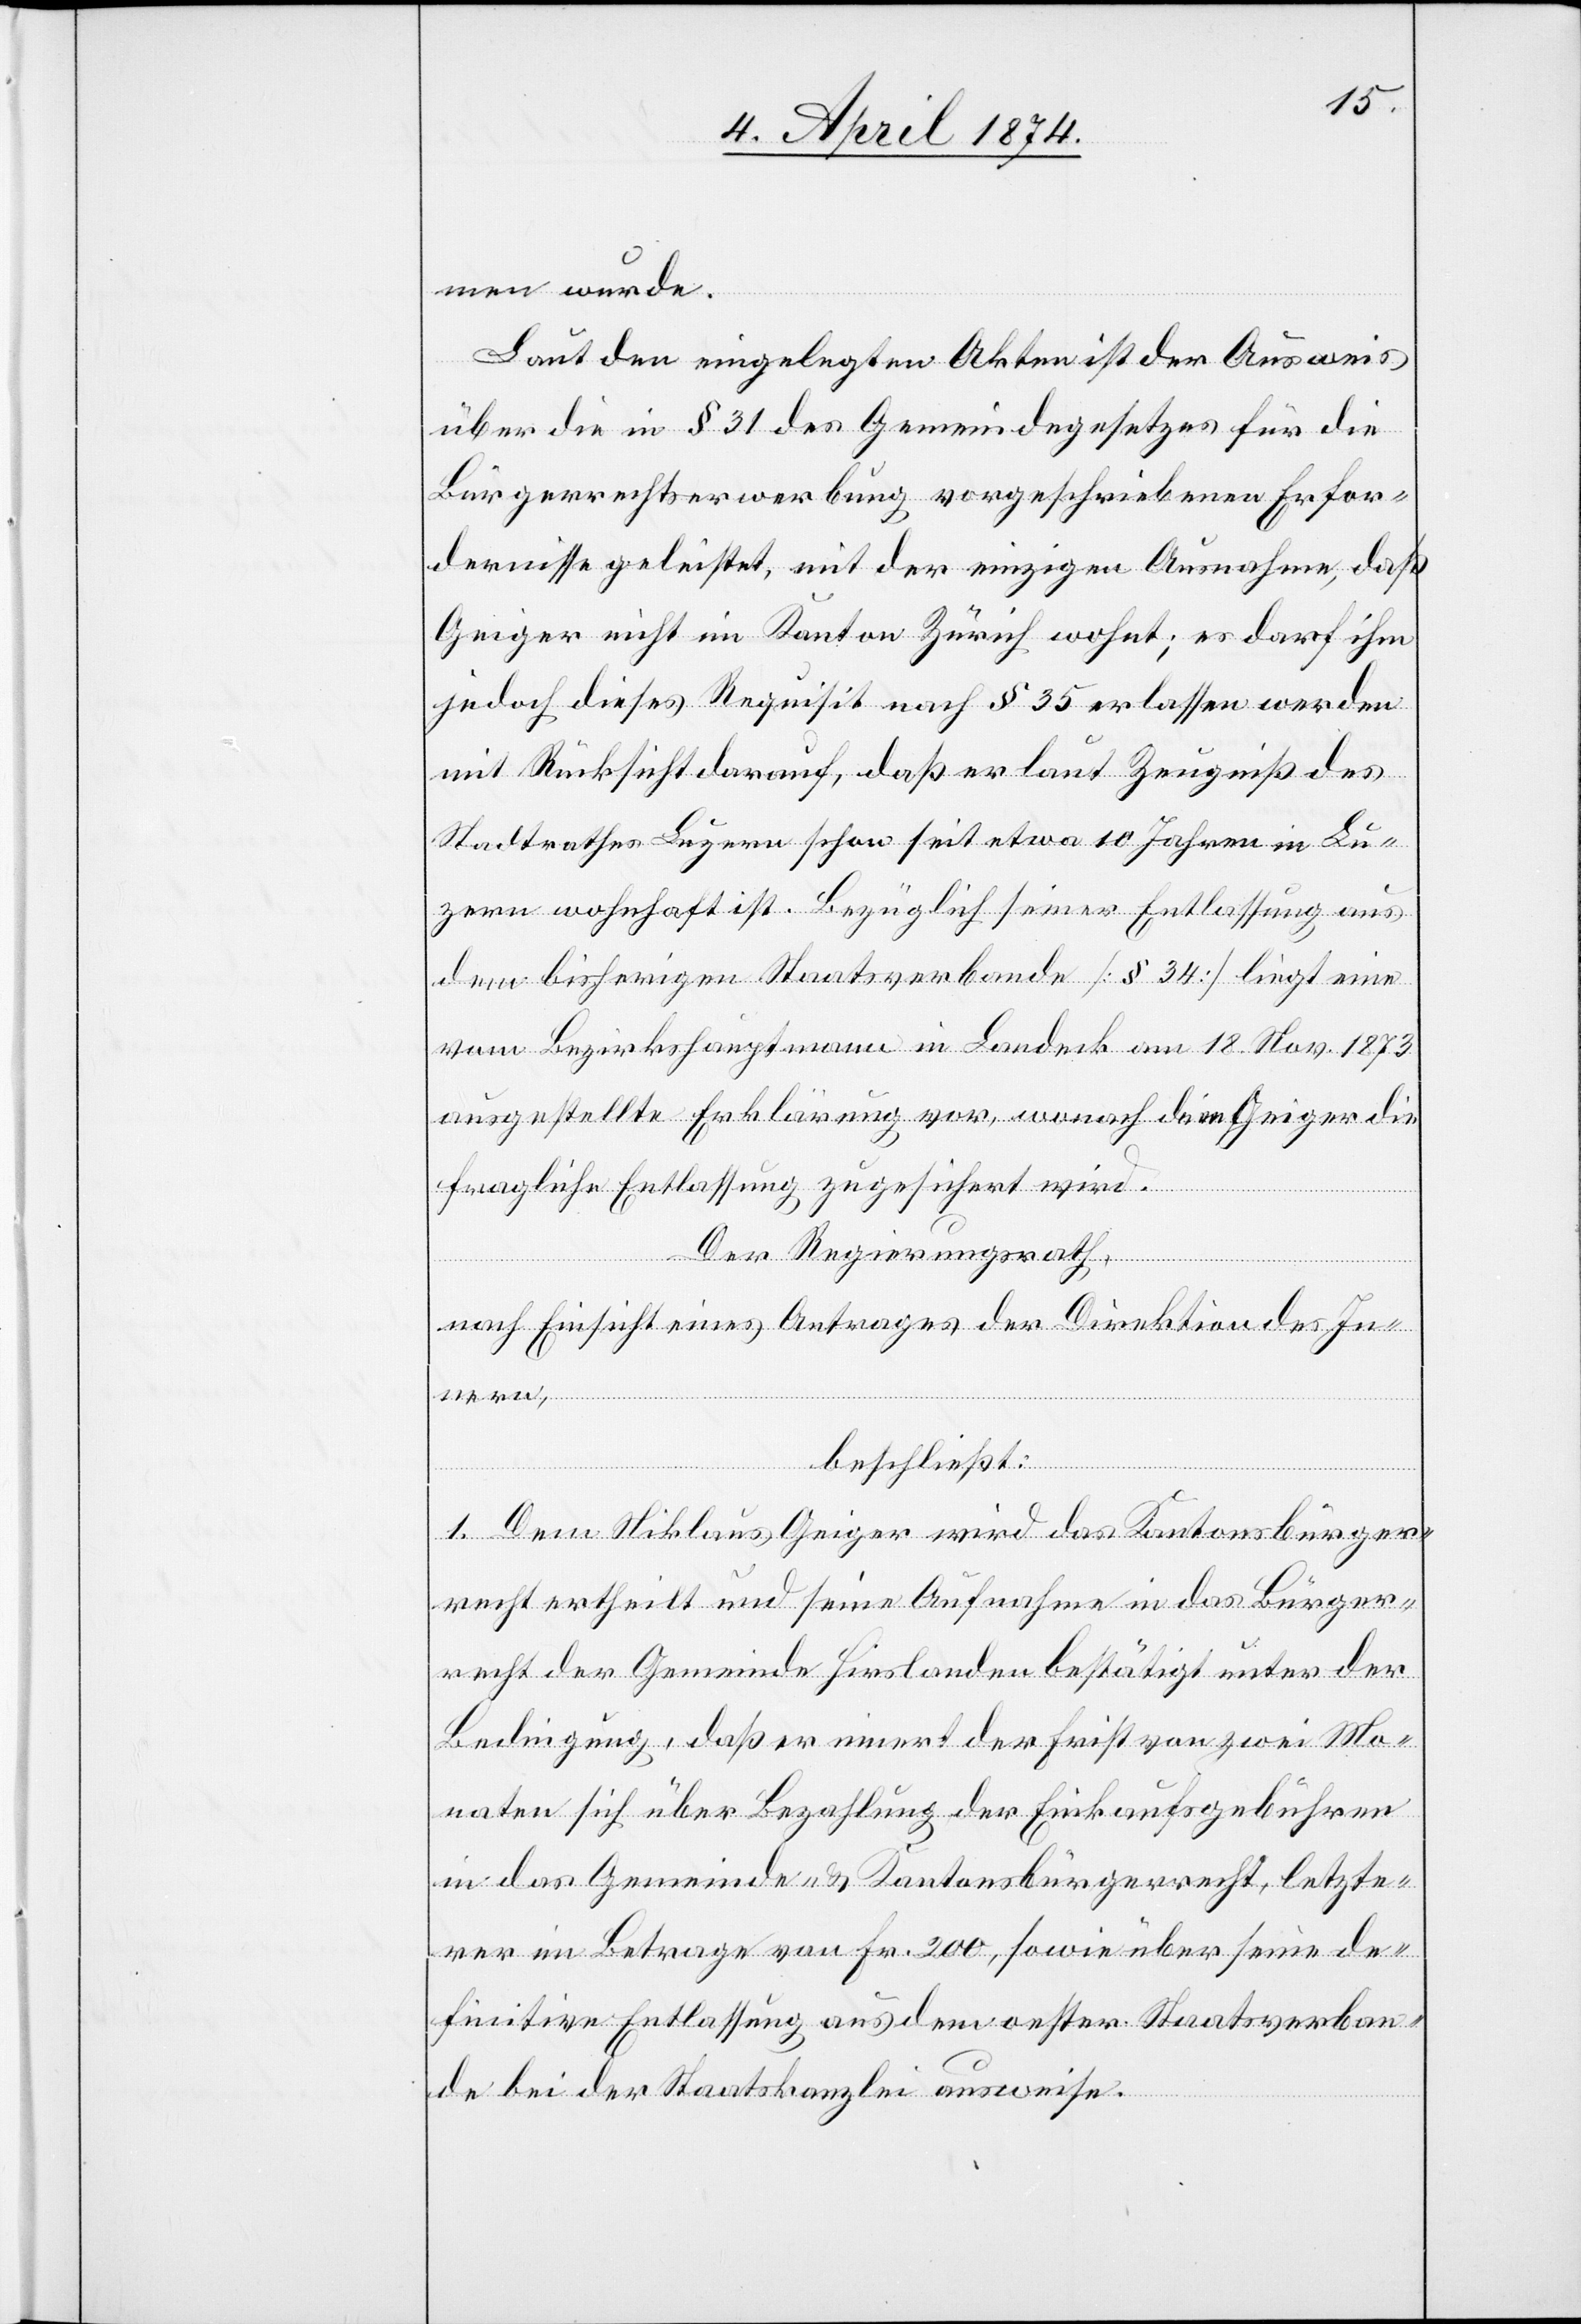
men wurde.
Laut den eingelegten Akten ist der Ausweis
über die in § 31 des Gemeindegesetzes für die
Bürgerrechtserwerbung vorgeschriebenen Erfor¬
dernisse geleistet, mit der einzigen Ausnahme, daß
Geiger nicht im Kanton Zürich wohnt; es darf ihm
jedoch dieses Requisit nach § 35 erlassen werden
mit Rücksicht darauf, daß er laut Zeugniß des
Stadtrathes Luzern schon seit etwa 10 Jahren in Lu¬
zern wohnhaft ist. Bezüglich seiner Entlassung aus
dem bisherigen Staatsverbande [§ 34] liegt eine
vom Bezirkshauptmann in Landeck am 18. Nov. 1873
ausgestellte Erklärung vor, wonach dem Geiger die
fragliche Entlassung zugesichert wird.
Der Regierungsrath,
nach Einsicht eines Antrages der Direktion des Innern,
beschließt:
1. Dem Niklaus Geiger wird das Kantonsbürger¬
recht ertheilt und seine Aufnahme in das Bürger¬
recht der Gemeinde Hirslanden bestätigt unter der
Bedingung, daß er innert der Frist von zwei Mo¬
naten sich über Bezahlung der Einkaufsgebühren
in das Gemeinde- u. Kantonsbürgerrecht, letzte¬
rer im Betrage von Fr. 200, sowie über seine de¬
finitive Entlassung aus dem oester. Staatsverban¬
de bei der Staatskanzlei ausweise.